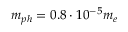
m _ { p h } = 0 . 8 \cdot 1 0 ^ { - 5 } m _ { e }